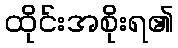
ထိုင်းအစိုးရ၏